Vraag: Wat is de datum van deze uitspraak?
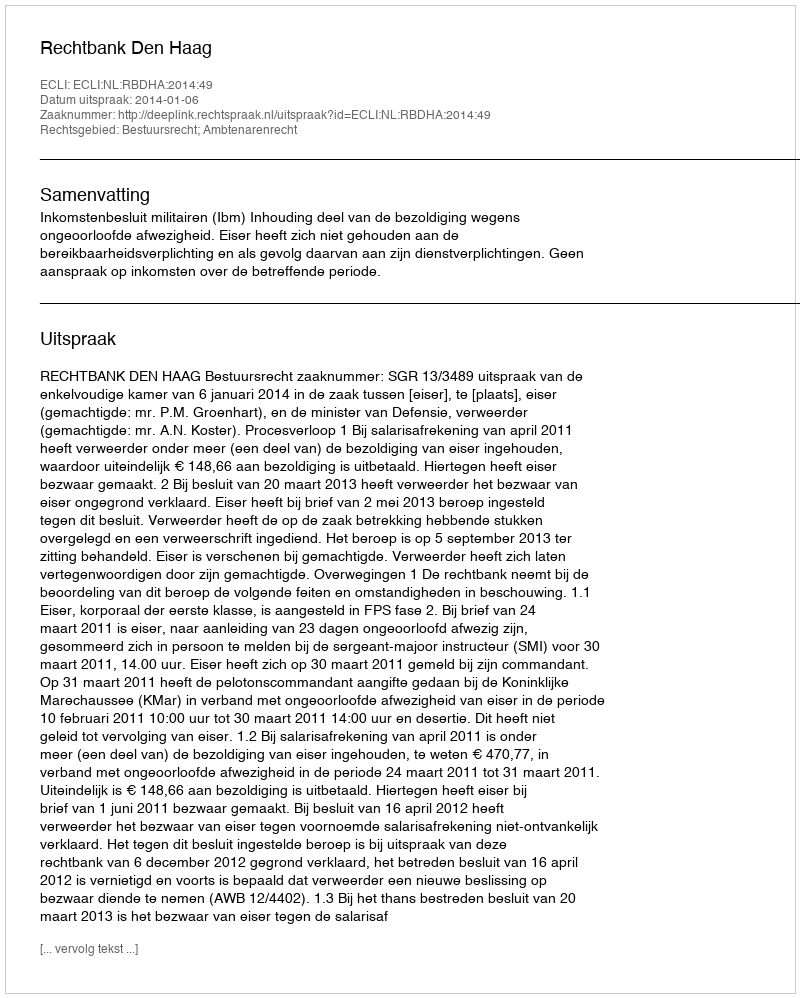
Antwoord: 2014-01-06